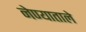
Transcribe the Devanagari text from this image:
नेण्याताले